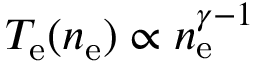
T _ { \mathrm { e } } ( n _ { \mathrm { e } } ) \propto n _ { \mathrm { e } } ^ { \gamma - 1 }